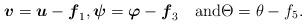
LaTeX: \begin{align*}\boldsymbol{v} =\boldsymbol{u} -\boldsymbol{f}_{1} ,\boldsymbol{\psi} =\boldsymbol{\varphi} - \boldsymbol{f}_{3} \quad\hbox{and}\Theta =\theta - f_{5}. \end{align*}